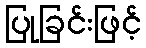
ပြုခြင်းဖြင့်